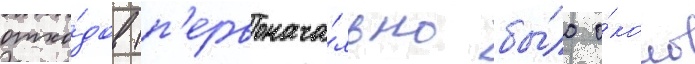
отхо́дов (п'ервонача́льно бы́ло о́коло